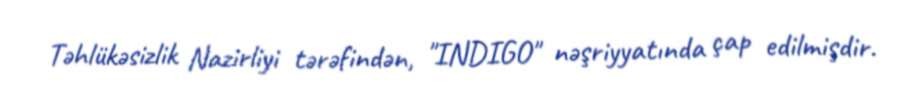
Təhlükəsizlik Nazirliyi tərəfindən, "INDIGO" nəşriyyatında çap edilmişdir.